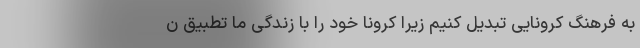
به فرهنگ کرونایی تبدیل کنیم زیرا کرونا خود را با زندگی ما تطبیق ن